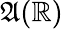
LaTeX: {\mathfrak{A}}(\mathbb{R})